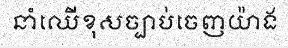
នាំឈើខុសច្បាប់ចេញយ៉ាង